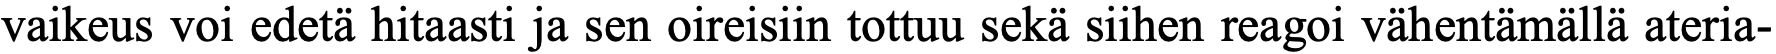
vaikeus voi edetä hitaasti ja sen oireisiin tottuu sekä siihen reagoi vähentämällä ateria-